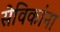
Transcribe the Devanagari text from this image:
सेविकांना